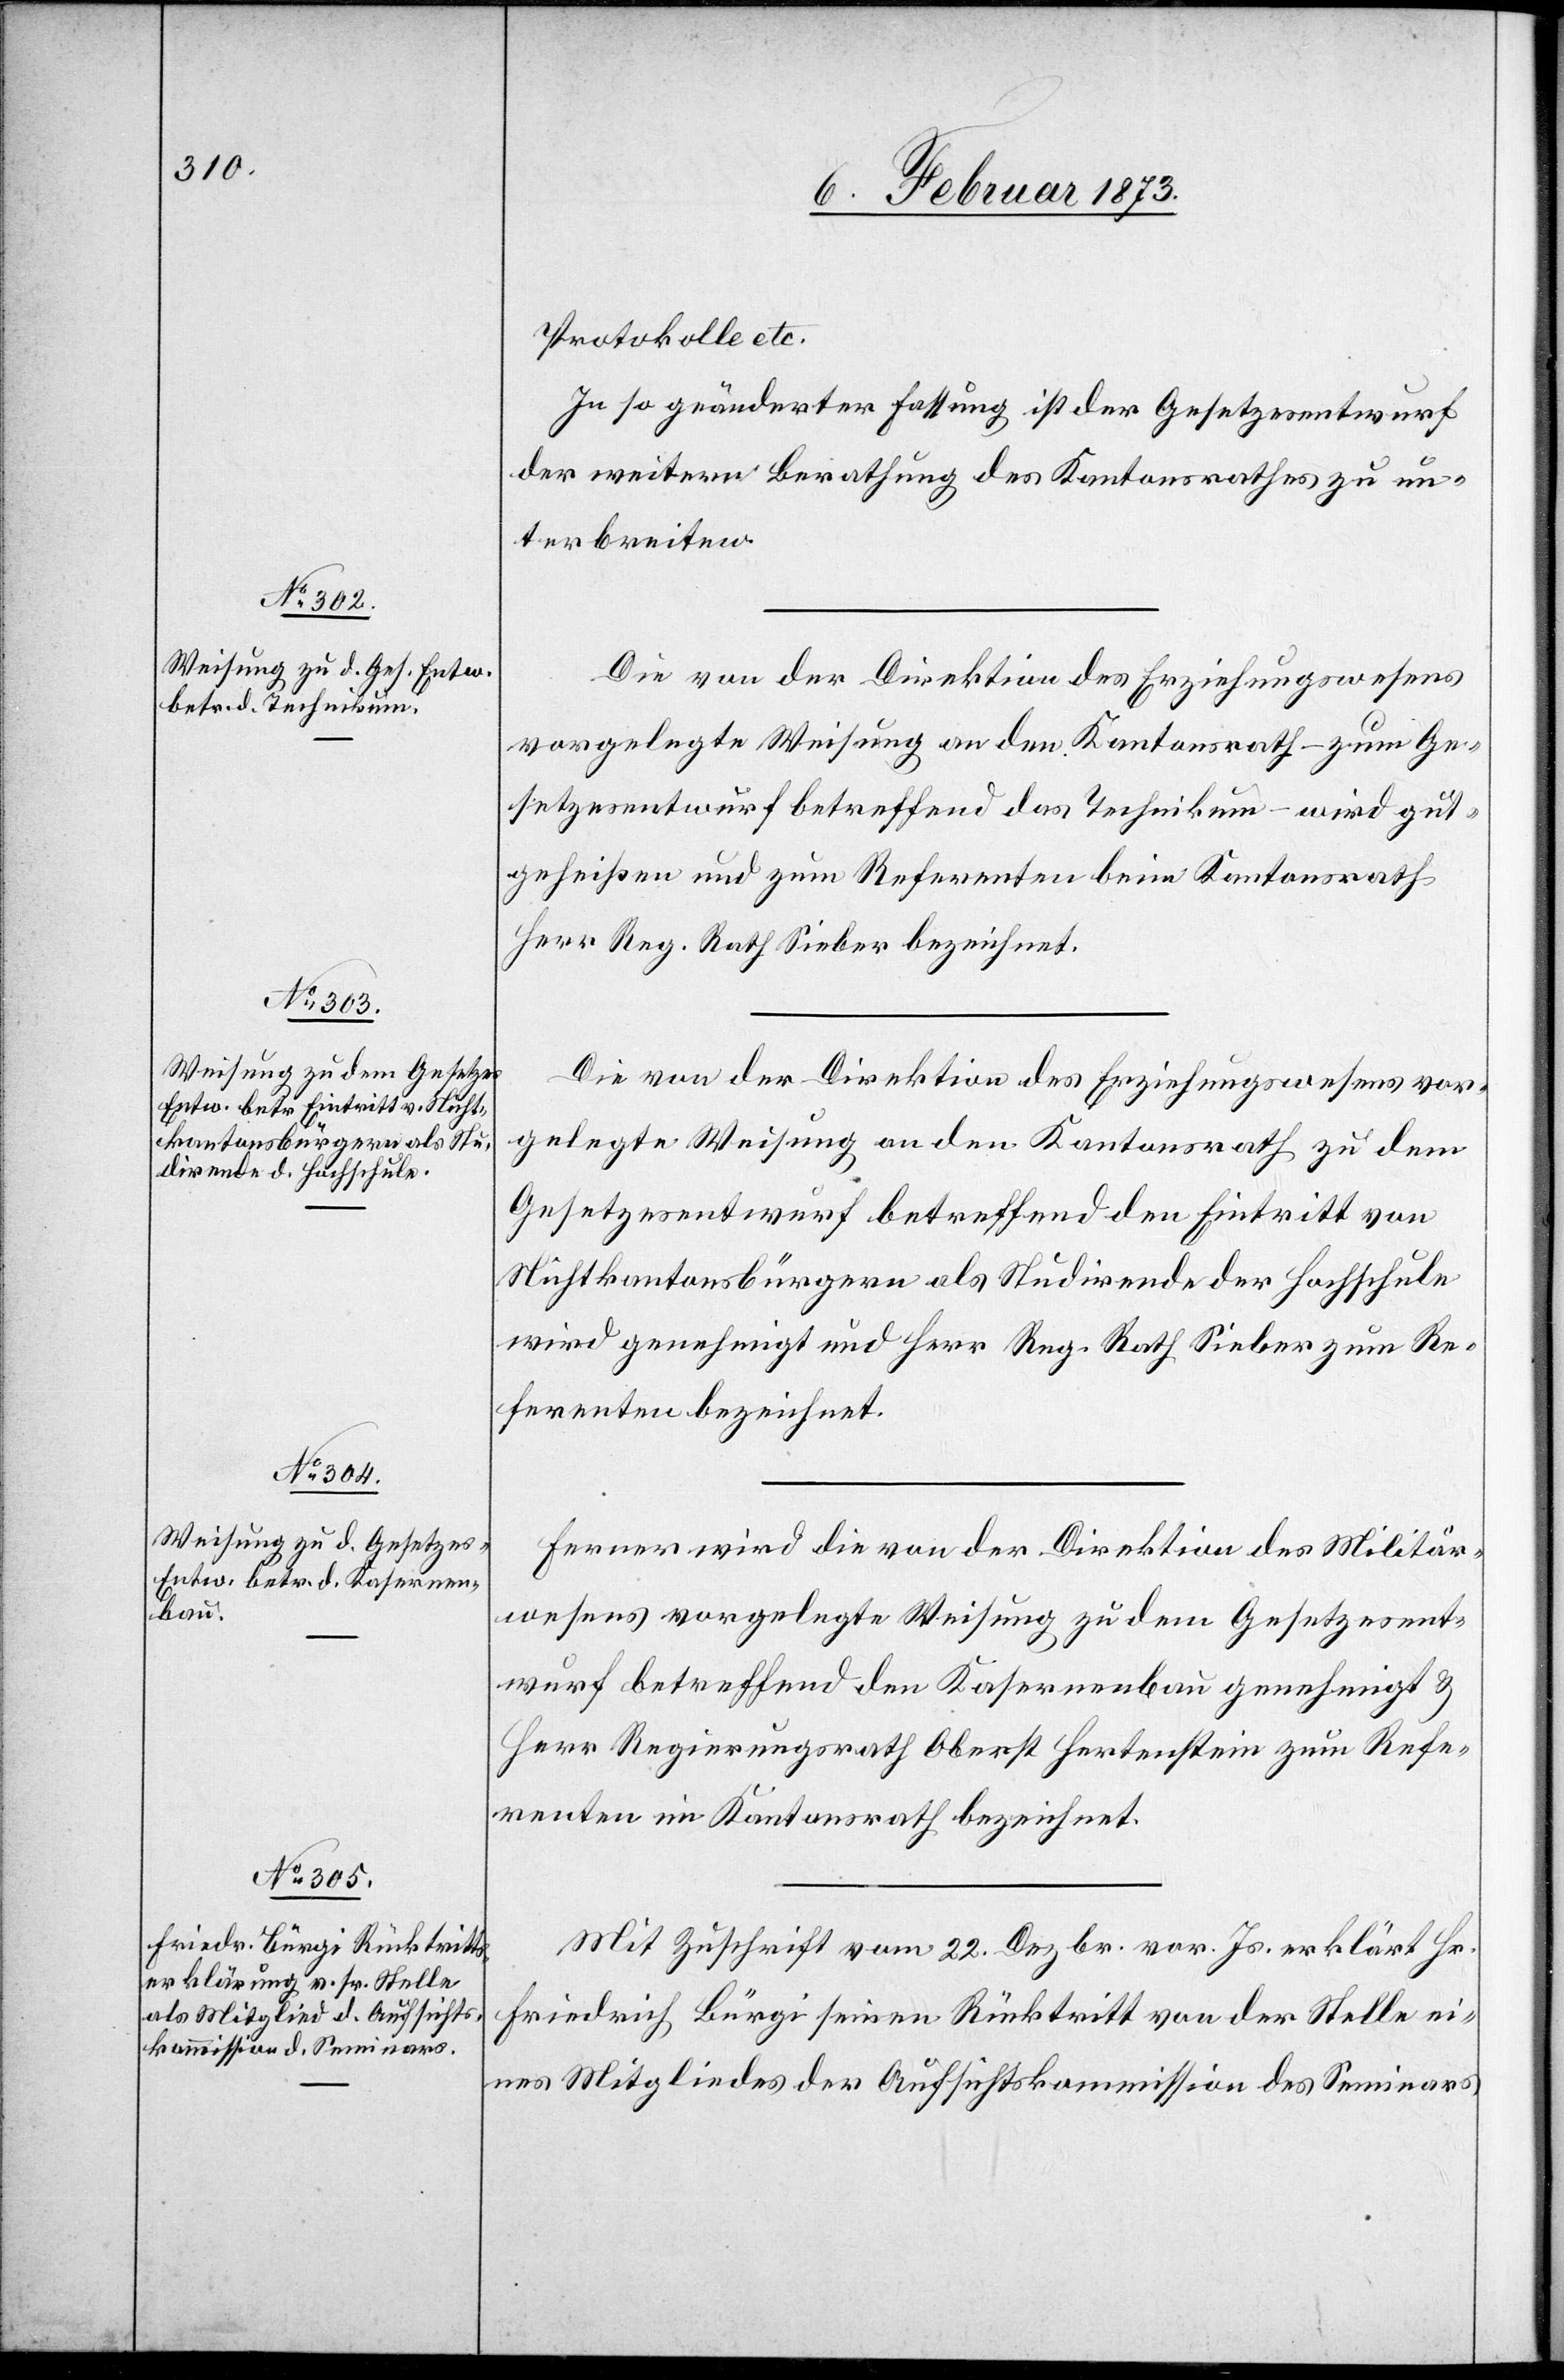
Protokolle etc.
In so geänderter Fassung ist der Gesetzesentwurf
der weitern Berathung des Kantonsrathes zu un¬
terbreiten.
Die von der Direktion des Erziehungswesens
vorgelegte Weisung an den Kantonsrath – zum Ge¬
setzesentwurf betreffend das Technikum – wird gut¬
geheißen und zum Referenten beim Kantonsrath
Herr Reg. Rath. Sieber bezeichnet.
Die von der Direktion des Erziehungswesens vor¬
gelegte Weisung an den Kantonsrath zu dem
Gesetzesentwurf betreffend den Eintritt von
Nichtkantonsbürgern als Studirende der Hochschule
wird genehmigt und Herr Reg. Rath. Sieber zum Re¬
ferenten bezeichnet.
Ferner wird die von der Direktion des Militär¬
s vorgelegte Weisung zu dem Gesetzesent¬
wurf betreffend den Kasernenbau genehmigt u.
Herr Regierungsrath Oberst Hertenstein zum Refe¬
renten im Kantonsrath bezeichnet.
Mit Zuschrift vom 22. Dezbr. vor. Js. erklärt Hr.
Friedrich Bürgi seinen Rücktritt von der Stelle ei¬
nes Mitgliedes der Aufsichtskommission des Seminars